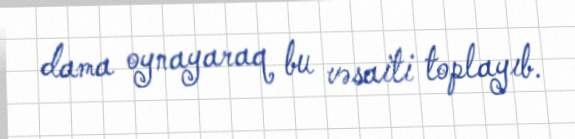
dama oynayaraq bu vəsaiti toplayıb.